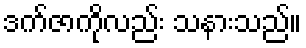
ဒက်ဇာကိုလည်း သနားသည်။